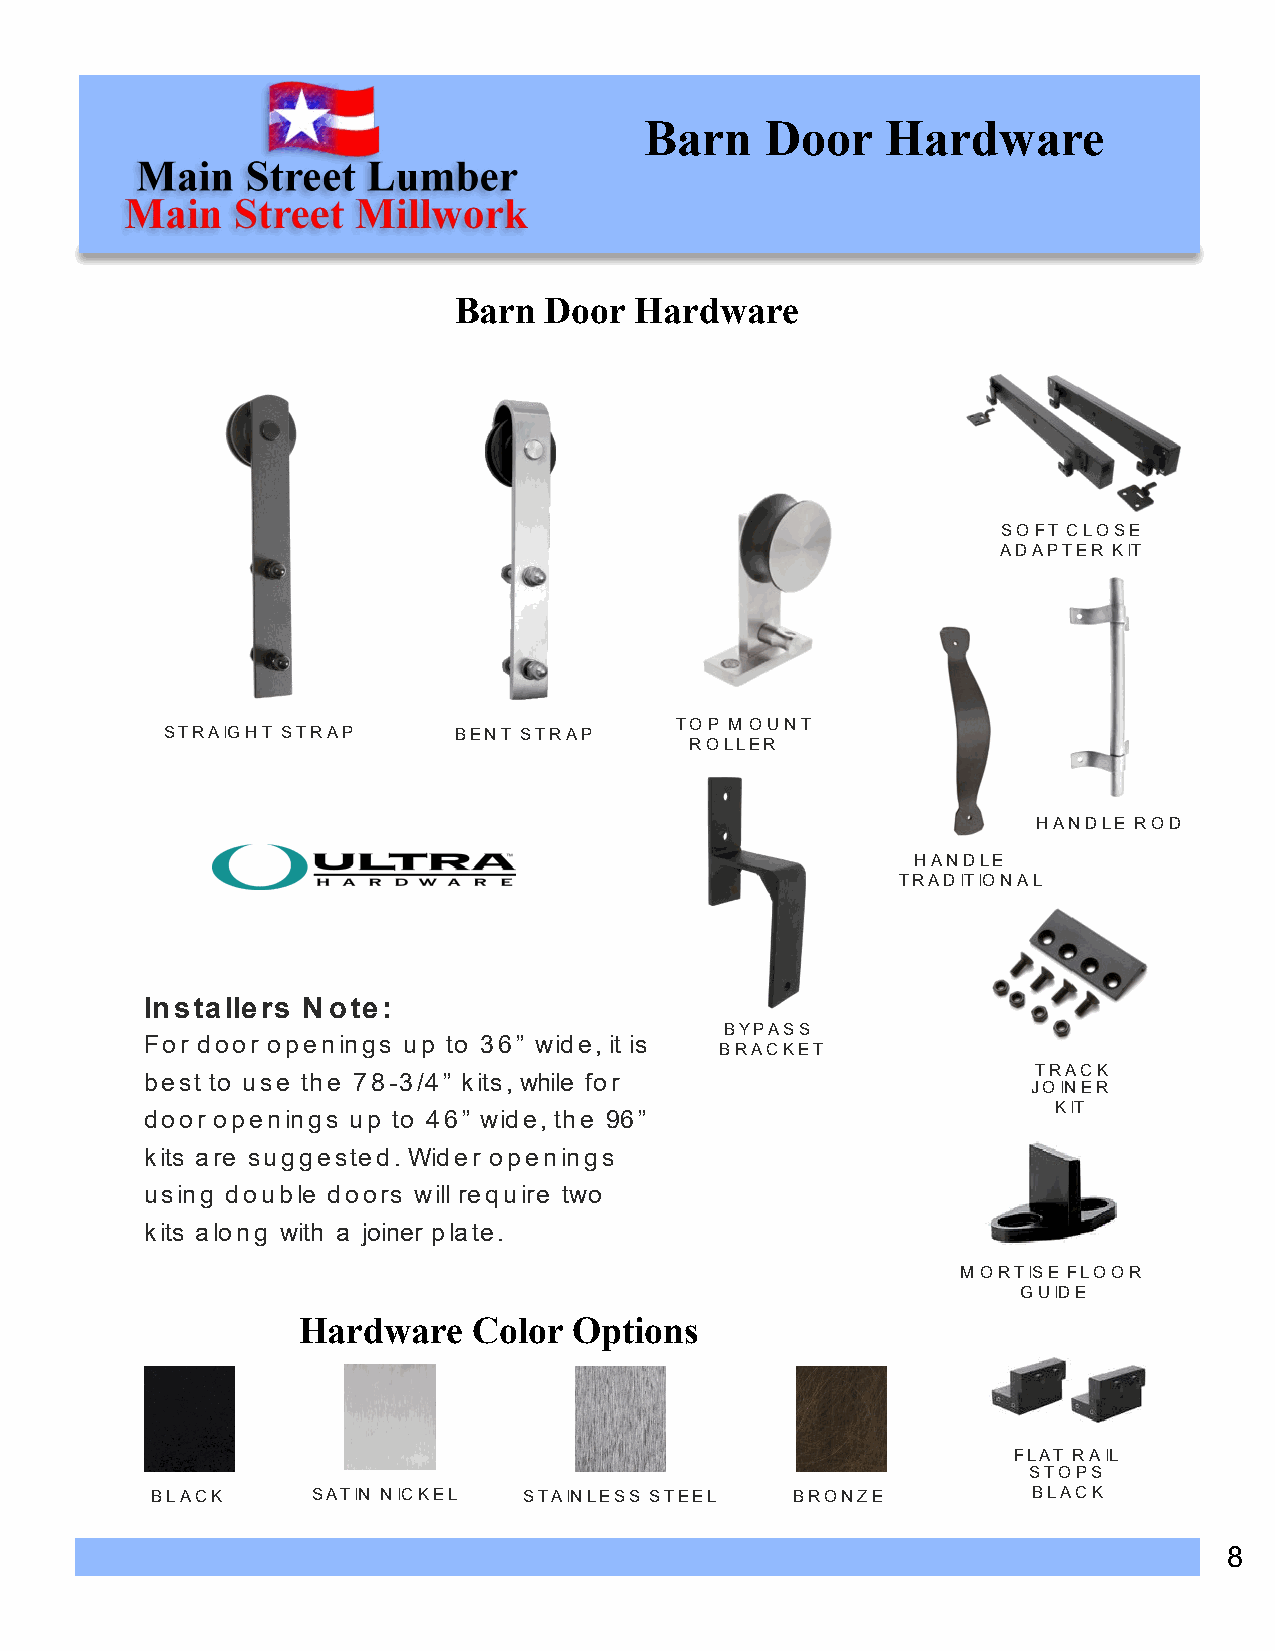
Barn    Door    Hardware
 Barn  Door  Hardware
 SOFT CLOSE
 ADAPTER KIT
 TOP M OUNT
 STRAIGHT STRAP     BENT STRAP
 ROLLER
 HANDLE ROD
 HANDLE
 TRADITIONAL
 Installers Note:
 BYPASS
 For door openings up to 36” wide, it is
 BRACKET
 TRACK
 best to use the 78-3/4” kits, while for
 JOINER
 KIT
 door openings up to 46” wide, the 96”
 kits are suggested. Wider openings
 using double doors will require two
 kits along with a joiner plate.
 M ORTISE FLOOR
 GUIDE
 Hardware   Color  Options
 FLAT RAIL
 STOPS
 BLACK      SATIN NICKEL  STAINLESS STEEL   BRONZE         BLACK
 8